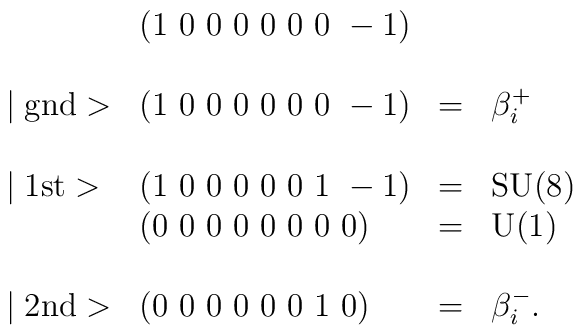
\begin{array}{llcl}                 & (1~0~0~0~0~0~0~-1) & \\\\\mid \mbox{gnd}> & (1~0~0~0~0~0~0~-1) & = & \beta_i^+ \\\\\mid \mbox{1st}> & (1~0~0~0~0~0~1~-1) & = & \mbox{SU(8)} \\                 & (0~0~0~0~0~0~0~0) & = & \mbox{U(1)} \\\\\mid \mbox{2nd}> & (0~0~0~0~0~0~1~0) & = & \beta_i^-. \\\end{array}